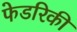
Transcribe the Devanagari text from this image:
फेडरिकी